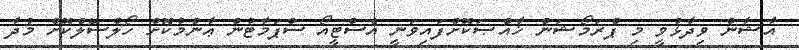
އާޝާން ވިދާޅުވީ މި ޕްރަމޯޝަން ޚާއްޞަކޮށްފައިވަނީ އެސްޓީއޯ ސްޕަމާޓުން ޢާންމުކޮށް ހޯލްސޭލްކޮށް މުދާ